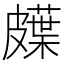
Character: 𱲇